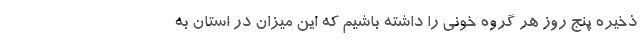
ذخیره پنج روز هر گروه خونی را داشته باشیم که این میزان در استان به